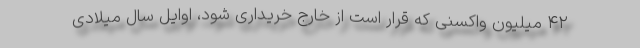
۴۲ میلیون واکسنی که قرار است از خارج خریداری شود، اوایل سال میلادی